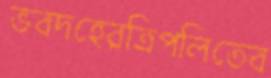
ভবদহেরত্রিপলিতেব